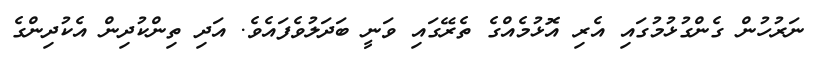
ނަރުހުން ގެންގުޅުމުގައި އެރި އޮޅުމެއްގެ ތެރޭގައި ވަނީ ބަދަލުވެފައެވެ. އަދި ތިންކުދިން އެކުދިންގެ